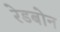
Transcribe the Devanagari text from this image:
रेडबोन